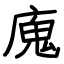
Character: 廆